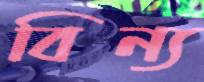
বিন্য